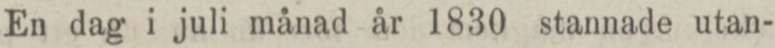
En dag i juli månad år 1830 stannade utan-